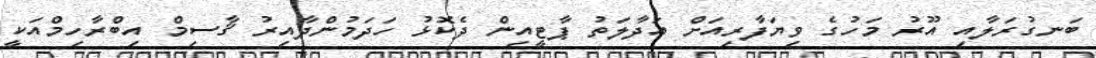
ބަނގުރަލާއި އޫރު މަހުގެ ވިޔަފާރިއަށް އަދާލަތު ޕާޓީއިން ދެކޮޅު ހަދަމުންދާއިރު ޤާސިމް އިބްރާހިމްއަކީ